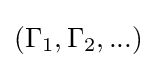
(\Gamma _{1},\Gamma _{2},...)